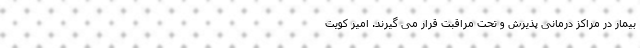
بیمار در مراکز درمانی پذیرش و تحت مراقبت قرار می گیرند. امیر کویت